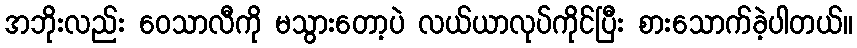
အဘိုးလည်း ဝေသာလီကို မသွားတော့ပဲ လယ်ယာလုပ်ကိုင်ပြီး စားသောက်ခဲ့ပါတယ်။